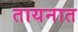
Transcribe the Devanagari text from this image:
तायनात